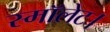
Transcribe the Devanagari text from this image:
स्मॉलेट।